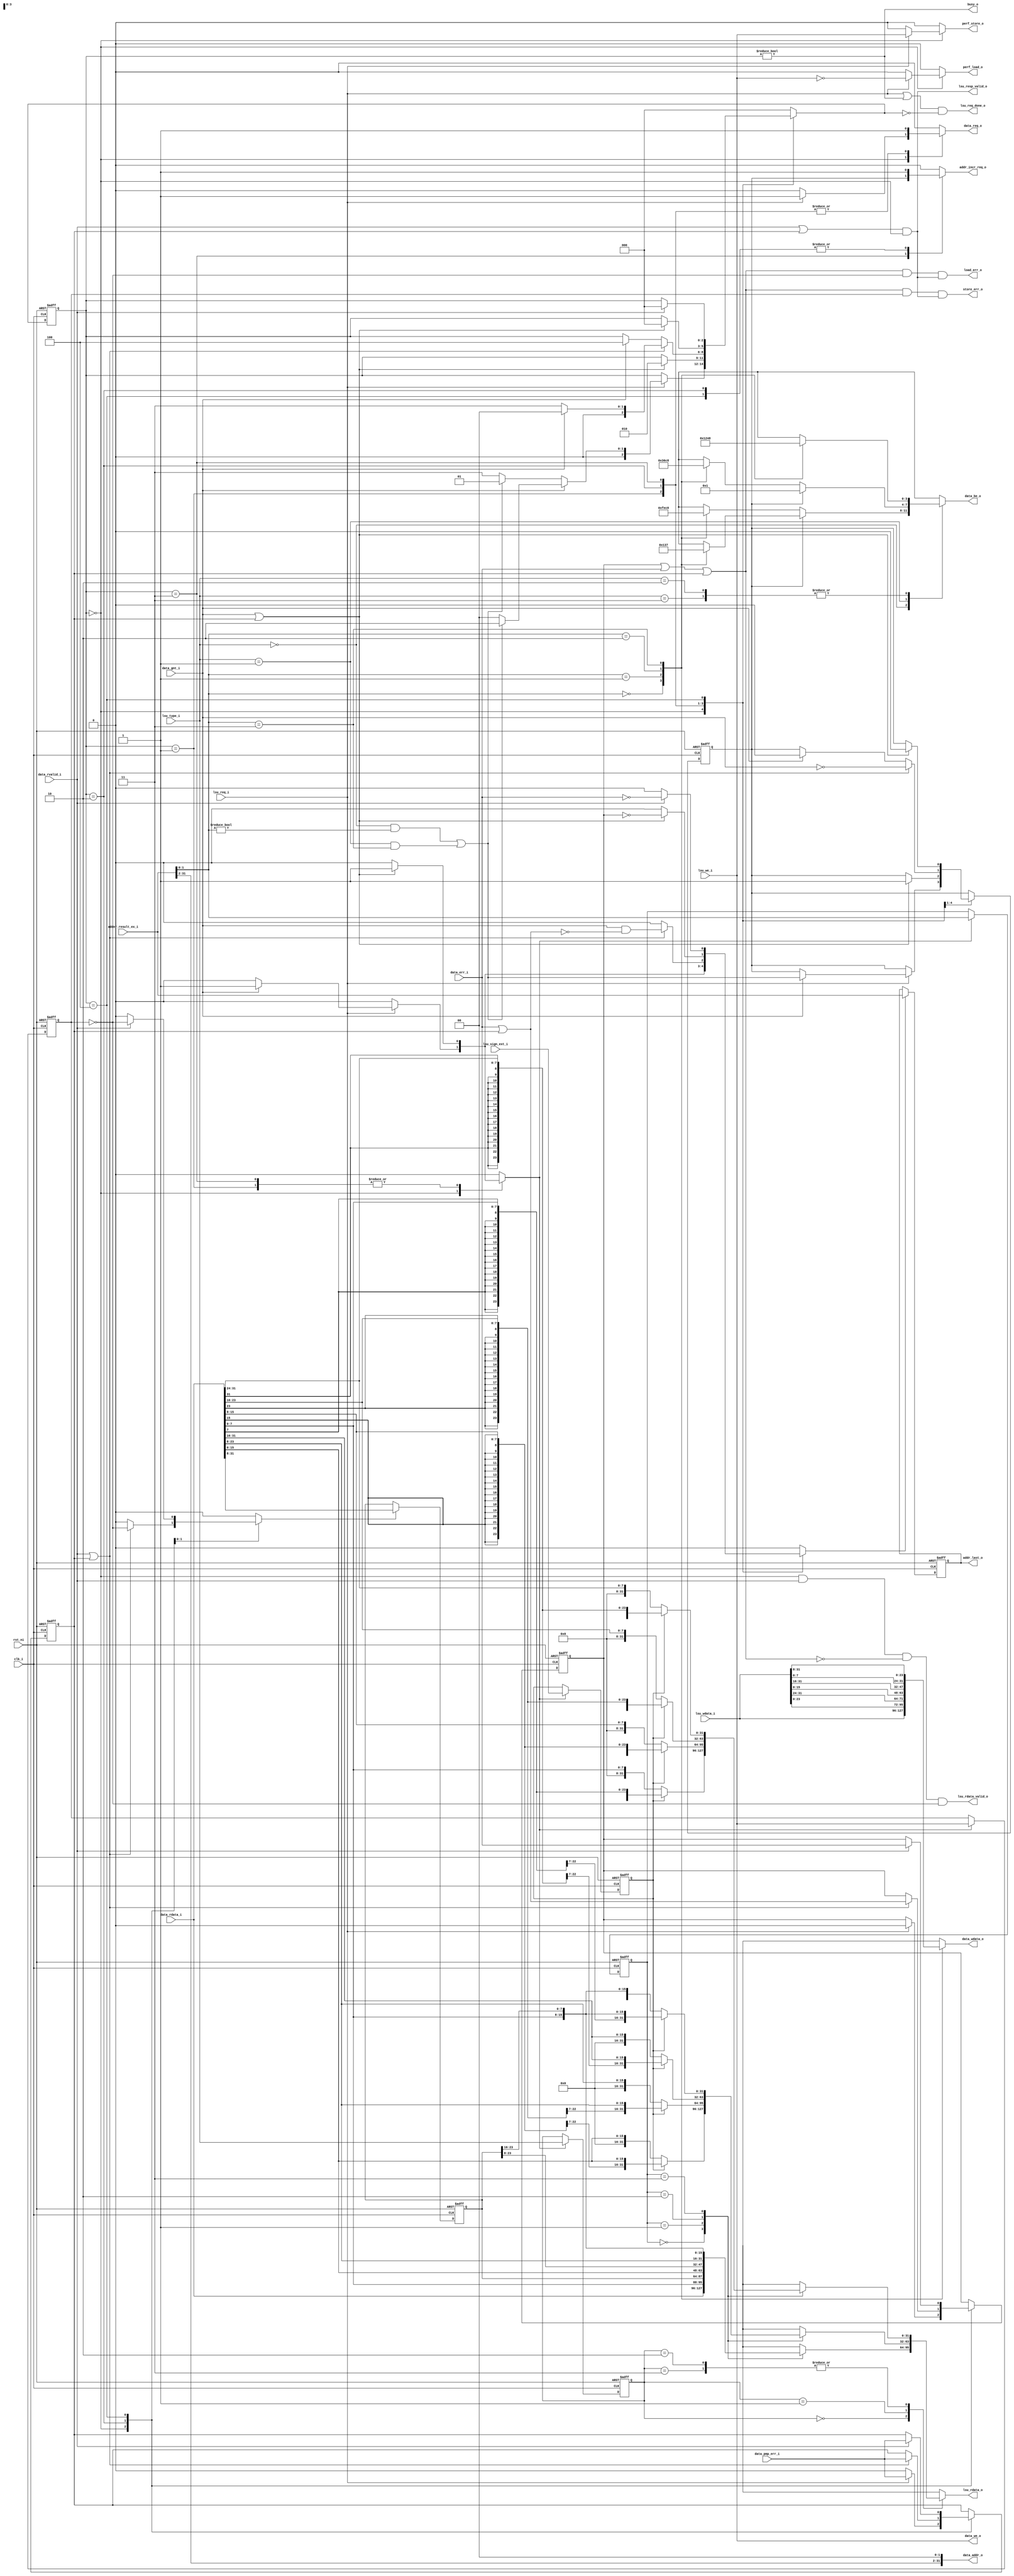
// SPDX-FileCopyrightText: 2020 lowRISC contributors
// Copyright 2018 ETH Zurich and University of Bologna
// Licensed under the Apache License, Version 2.0 (the "License");
// you may not use this file except in compliance with the License.
// You may obtain a copy of the License at
//
//      http://www.apache.org/licenses/LICENSE-2.0
//
// Unless required by applicable law or agreed to in writing, software
// distributed under the License is distributed on an "AS IS" BASIS,
// WITHOUT WARRANTIES OR CONDITIONS OF ANY KIND, either express or implied.
// See the License for the specific language governing permissions and
// limitations under the License.
// SPDX-License-Identifier: Apache-2.0

module ibex_load_store_unit (
	clk_i,
	rst_ni,
	data_req_o,
	data_gnt_i,
	data_rvalid_i,
	data_err_i,
	data_pmp_err_i,
	data_addr_o,
	data_we_o,
	data_be_o,
	data_wdata_o,
	data_rdata_i,
	lsu_we_i,
	lsu_type_i,
	lsu_wdata_i,
	lsu_sign_ext_i,
	lsu_rdata_o,
	lsu_rdata_valid_o,
	lsu_req_i,
	adder_result_ex_i,
	addr_incr_req_o,
	addr_last_o,
	lsu_req_done_o,
	lsu_resp_valid_o,
	load_err_o,
	store_err_o,
	busy_o,
	perf_load_o,
	perf_store_o
);
	input wire clk_i;
	input wire rst_ni;
	output reg data_req_o;
	input wire data_gnt_i;
	input wire data_rvalid_i;
	input wire data_err_i;
	input wire data_pmp_err_i;
	output wire [31:0] data_addr_o;
	output wire data_we_o;
	output wire [3:0] data_be_o;
	output wire [31:0] data_wdata_o;
	input wire [31:0] data_rdata_i;
	input wire lsu_we_i;
	input wire [1:0] lsu_type_i;
	input wire [31:0] lsu_wdata_i;
	input wire lsu_sign_ext_i;
	output wire [31:0] lsu_rdata_o;
	output wire lsu_rdata_valid_o;
	input wire lsu_req_i;
	input wire [31:0] adder_result_ex_i;
	output reg addr_incr_req_o;
	output wire [31:0] addr_last_o;
	output wire lsu_req_done_o;
	output wire lsu_resp_valid_o;
	output wire load_err_o;
	output wire store_err_o;
	output wire busy_o;
	output reg perf_load_o;
	output reg perf_store_o;
	wire [31:0] data_addr;
	wire [31:0] data_addr_w_aligned;
	reg [31:0] addr_last_q;
	reg addr_update;
	reg ctrl_update;
	reg rdata_update;
	reg [31:8] rdata_q;
	reg [1:0] rdata_offset_q;
	reg [1:0] data_type_q;
	reg data_sign_ext_q;
	reg data_we_q;
	wire [1:0] data_offset;
	reg [3:0] data_be;
	reg [31:0] data_wdata;
	reg [31:0] data_rdata_ext;
	reg [31:0] rdata_w_ext;
	reg [31:0] rdata_h_ext;
	reg [31:0] rdata_b_ext;
	wire split_misaligned_access;
	reg handle_misaligned_q;
	reg handle_misaligned_d;
	reg pmp_err_q;
	reg pmp_err_d;
	reg lsu_err_q;
	reg lsu_err_d;
	wire data_or_pmp_err;
	reg [2:0] ls_fsm_cs;
	reg [2:0] ls_fsm_ns;
	assign data_addr = adder_result_ex_i;
	assign data_offset = data_addr[1:0];
	always @(*)
		case (lsu_type_i)
			2'b00:
				if (!handle_misaligned_q)
					case (data_offset)
						2'b00: data_be = 4'b1111;
						2'b01: data_be = 4'b1110;
						2'b10: data_be = 4'b1100;
						2'b11: data_be = 4'b1000;
						default: data_be = 4'b1111;
					endcase
				else
					case (data_offset)
						2'b00: data_be = 4'b0000;
						2'b01: data_be = 4'b0001;
						2'b10: data_be = 4'b0011;
						2'b11: data_be = 4'b0111;
						default: data_be = 4'b1111;
					endcase
			2'b01:
				if (!handle_misaligned_q)
					case (data_offset)
						2'b00: data_be = 4'b0011;
						2'b01: data_be = 4'b0110;
						2'b10: data_be = 4'b1100;
						2'b11: data_be = 4'b1000;
						default: data_be = 4'b1111;
					endcase
				else
					data_be = 4'b0001;
			2'b10, 2'b11:
				case (data_offset)
					2'b00: data_be = 4'b0001;
					2'b01: data_be = 4'b0010;
					2'b10: data_be = 4'b0100;
					2'b11: data_be = 4'b1000;
					default: data_be = 4'b1111;
				endcase
			default: data_be = 4'b1111;
		endcase
	always @(*)
		case (data_offset)
			2'b00: data_wdata = lsu_wdata_i[31:0];
			2'b01: data_wdata = {lsu_wdata_i[23:0], lsu_wdata_i[31:24]};
			2'b10: data_wdata = {lsu_wdata_i[15:0], lsu_wdata_i[31:16]};
			2'b11: data_wdata = {lsu_wdata_i[7:0], lsu_wdata_i[31:8]};
			default: data_wdata = lsu_wdata_i[31:0];
		endcase
	always @(posedge clk_i or negedge rst_ni)
		if (!rst_ni)
			rdata_q <= {24 {1'sb0}};
		else if (rdata_update)
			rdata_q <= data_rdata_i[31:8];
	always @(posedge clk_i or negedge rst_ni)
		if (!rst_ni) begin
			rdata_offset_q <= 2'h0;
			data_type_q <= 2'h0;
			data_sign_ext_q <= 1'b0;
			data_we_q <= 1'b0;
		end
		else if (ctrl_update) begin
			rdata_offset_q <= data_offset;
			data_type_q <= lsu_type_i;
			data_sign_ext_q <= lsu_sign_ext_i;
			data_we_q <= lsu_we_i;
		end
	always @(posedge clk_i or negedge rst_ni)
		if (!rst_ni)
			addr_last_q <= {32 {1'sb0}};
		else if (addr_update)
			addr_last_q <= data_addr;
	always @(*)
		case (rdata_offset_q)
			2'b00: rdata_w_ext = data_rdata_i[31:0];
			2'b01: rdata_w_ext = {data_rdata_i[7:0], rdata_q[31:8]};
			2'b10: rdata_w_ext = {data_rdata_i[15:0], rdata_q[31:16]};
			2'b11: rdata_w_ext = {data_rdata_i[23:0], rdata_q[31:24]};
			default: rdata_w_ext = data_rdata_i[31:0];
		endcase
	always @(*)
		case (rdata_offset_q)
			2'b00:
				if (!data_sign_ext_q)
					rdata_h_ext = {16'h0000, data_rdata_i[15:0]};
				else
					rdata_h_ext = {{16 {data_rdata_i[15]}}, data_rdata_i[15:0]};
			2'b01:
				if (!data_sign_ext_q)
					rdata_h_ext = {16'h0000, data_rdata_i[23:8]};
				else
					rdata_h_ext = {{16 {data_rdata_i[23]}}, data_rdata_i[23:8]};
			2'b10:
				if (!data_sign_ext_q)
					rdata_h_ext = {16'h0000, data_rdata_i[31:16]};
				else
					rdata_h_ext = {{16 {data_rdata_i[31]}}, data_rdata_i[31:16]};
			2'b11:
				if (!data_sign_ext_q)
					rdata_h_ext = {16'h0000, data_rdata_i[7:0], rdata_q[31:24]};
				else
					rdata_h_ext = {{16 {data_rdata_i[7]}}, data_rdata_i[7:0], rdata_q[31:24]};
			default: rdata_h_ext = {16'h0000, data_rdata_i[15:0]};
		endcase
	always @(*)
		case (rdata_offset_q)
			2'b00:
				if (!data_sign_ext_q)
					rdata_b_ext = {24'h000000, data_rdata_i[7:0]};
				else
					rdata_b_ext = {{24 {data_rdata_i[7]}}, data_rdata_i[7:0]};
			2'b01:
				if (!data_sign_ext_q)
					rdata_b_ext = {24'h000000, data_rdata_i[15:8]};
				else
					rdata_b_ext = {{24 {data_rdata_i[15]}}, data_rdata_i[15:8]};
			2'b10:
				if (!data_sign_ext_q)
					rdata_b_ext = {24'h000000, data_rdata_i[23:16]};
				else
					rdata_b_ext = {{24 {data_rdata_i[23]}}, data_rdata_i[23:16]};
			2'b11:
				if (!data_sign_ext_q)
					rdata_b_ext = {24'h000000, data_rdata_i[31:24]};
				else
					rdata_b_ext = {{24 {data_rdata_i[31]}}, data_rdata_i[31:24]};
			default: rdata_b_ext = {24'h000000, data_rdata_i[7:0]};
		endcase
	always @(*)
		case (data_type_q)
			2'b00: data_rdata_ext = rdata_w_ext;
			2'b01: data_rdata_ext = rdata_h_ext;
			2'b10, 2'b11: data_rdata_ext = rdata_b_ext;
			default: data_rdata_ext = rdata_w_ext;
		endcase
	assign split_misaligned_access = ((lsu_type_i == 2'b00) && (data_offset != 2'b00)) || ((lsu_type_i == 2'b01) && (data_offset == 2'b11));
	localparam [2:0] IDLE = 0;
	localparam [2:0] WAIT_GNT = 3;
	localparam [2:0] WAIT_GNT_MIS = 1;
	localparam [2:0] WAIT_RVALID_MIS = 2;
	localparam [2:0] WAIT_RVALID_MIS_GNTS_DONE = 4;
	always @(*) begin
		ls_fsm_ns = ls_fsm_cs;
		data_req_o = 1'b0;
		addr_incr_req_o = 1'b0;
		handle_misaligned_d = handle_misaligned_q;
		pmp_err_d = pmp_err_q;
		lsu_err_d = lsu_err_q;
		addr_update = 1'b0;
		ctrl_update = 1'b0;
		rdata_update = 1'b0;
		perf_load_o = 1'b0;
		perf_store_o = 1'b0;
		case (ls_fsm_cs)
			IDLE: begin
				pmp_err_d = 1'b0;
				if (lsu_req_i) begin
					data_req_o = 1'b1;
					pmp_err_d = data_pmp_err_i;
					lsu_err_d = 1'b0;
					perf_load_o = ~lsu_we_i;
					perf_store_o = lsu_we_i;
					if (data_gnt_i) begin
						ctrl_update = 1'b1;
						addr_update = 1'b1;
						handle_misaligned_d = split_misaligned_access;
						ls_fsm_ns = (split_misaligned_access ? WAIT_RVALID_MIS : IDLE);
					end
					else
						ls_fsm_ns = (split_misaligned_access ? WAIT_GNT_MIS : WAIT_GNT);
				end
			end
			WAIT_GNT_MIS: begin
				data_req_o = 1'b1;
				if (data_gnt_i || pmp_err_q) begin
					addr_update = 1'b1;
					ctrl_update = 1'b1;
					handle_misaligned_d = 1'b1;
					ls_fsm_ns = WAIT_RVALID_MIS;
				end
			end
			WAIT_RVALID_MIS: begin
				data_req_o = 1'b1;
				addr_incr_req_o = 1'b1;
				if (data_rvalid_i || pmp_err_q) begin
					pmp_err_d = data_pmp_err_i;
					lsu_err_d = data_err_i | pmp_err_q;
					rdata_update = ~data_we_q;
					ls_fsm_ns = (data_gnt_i ? IDLE : WAIT_GNT);
					addr_update = data_gnt_i & ~(data_err_i | pmp_err_q);
					handle_misaligned_d = ~data_gnt_i;
				end
				else if (data_gnt_i) begin
					ls_fsm_ns = WAIT_RVALID_MIS_GNTS_DONE;
					handle_misaligned_d = 1'b0;
				end
			end
			WAIT_GNT: begin
				addr_incr_req_o = handle_misaligned_q;
				data_req_o = 1'b1;
				if (data_gnt_i || pmp_err_q) begin
					ctrl_update = 1'b1;
					addr_update = ~lsu_err_q;
					ls_fsm_ns = IDLE;
					handle_misaligned_d = 1'b0;
				end
			end
			WAIT_RVALID_MIS_GNTS_DONE: begin
				addr_incr_req_o = 1'b1;
				if (data_rvalid_i) begin
					pmp_err_d = data_pmp_err_i;
					lsu_err_d = data_err_i;
					addr_update = ~data_err_i;
					rdata_update = ~data_we_q;
					ls_fsm_ns = IDLE;
				end
			end
			default: ls_fsm_ns = IDLE;
		endcase
	end
	assign lsu_req_done_o = (lsu_req_i | (ls_fsm_cs != IDLE)) & (ls_fsm_ns == IDLE);
	always @(posedge clk_i or negedge rst_ni)
		if (!rst_ni) begin
			ls_fsm_cs <= IDLE;
			handle_misaligned_q <= 1'sb0;
			pmp_err_q <= 1'sb0;
			lsu_err_q <= 1'sb0;
		end
		else begin
			ls_fsm_cs <= ls_fsm_ns;
			handle_misaligned_q <= handle_misaligned_d;
			pmp_err_q <= pmp_err_d;
			lsu_err_q <= lsu_err_d;
		end
	assign data_or_pmp_err = (lsu_err_q | data_err_i) | pmp_err_q;
	assign lsu_resp_valid_o = (data_rvalid_i | pmp_err_q) & (ls_fsm_cs == IDLE);
	assign lsu_rdata_valid_o = (((ls_fsm_cs == IDLE) & data_rvalid_i) & ~data_or_pmp_err) & ~data_we_q;
	assign lsu_rdata_o = data_rdata_ext;
	assign data_addr_w_aligned = {data_addr[31:2], 2'b00};
	assign data_addr_o = data_addr_w_aligned;
	assign data_wdata_o = data_wdata;
	assign data_we_o = lsu_we_i;
	assign data_be_o = data_be;
	assign addr_last_o = addr_last_q;
	assign load_err_o = (data_or_pmp_err & ~data_we_q) & lsu_resp_valid_o;
	assign store_err_o = (data_or_pmp_err & data_we_q) & lsu_resp_valid_o;
	assign busy_o = ls_fsm_cs != IDLE;
endmodule